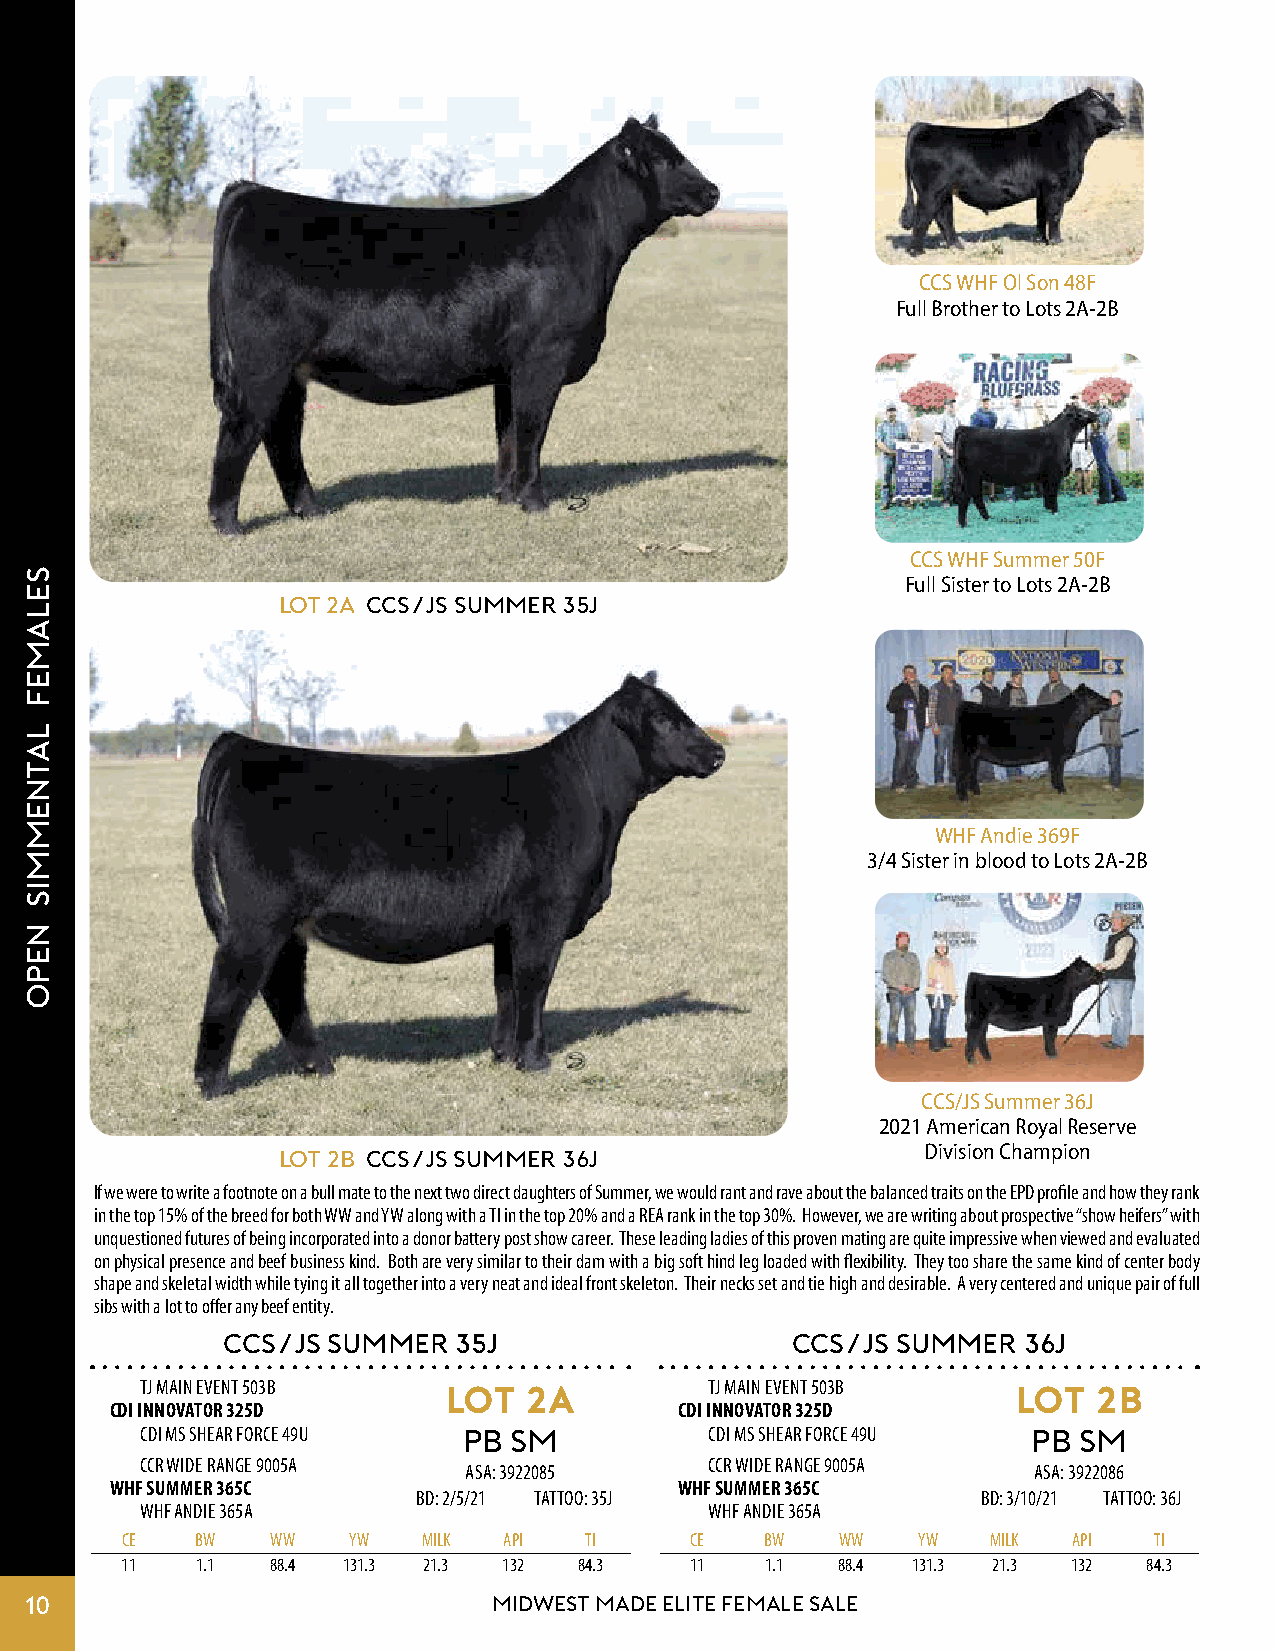
CCS WHF Ol Son 48F
 Full Brother to Lots 2A-2B
 CCS WHF Summer 50F
 Full Sister to Lots 2A-2B
 Lot 2A CCS/JS SUMMER 35J
 WHF Andie 369F
 3/4 Sister in blood to Lots 2A-2B
 CCS/JS Summer 36J
 2021 American Royal Reserve
 Division Champion
 Lot 2B CCS/JS SUMMER 36J
 If we were to write a footnote on a bull mate to the next two direct daughters of Summer, we would rant and rave about the balanced traits on the EPD profile and how they rank
 in the top 15% of the breed for both WW and YW along with a TI in the top 20% and a REA rank in the top 30%. However, we are writing about prospective “show heifers” with
 unquestioned futures of being incorporated into a donor battery post show career. These leading ladies of this proven mating are quite impressive when viewed and evaluated
 on physical presence and beef business kind. Both are very similar to their dam with a big soft hind leg loaded with flexibility. They too share the same kind of center body
 shape and skeletal width while tying it all together into a very neat and ideal front skeleton. Their necks set and tie high and desirable. A very centered and unique pair of full
 sibs with a lot to offer any beef entity.
 CCS/JS SUMMER  35J                   CCS/JS SUMMER   36J
 TJ MAIN EVENT 503B  LOT   2A          TJ MAIN EVENT 503B  LOT   2B
 CDI INNOVATOR 325D                    CDI INNOVATOR 325D
 CDI MS SHEAR FORCE 49U PB SM          CDI MS SHEAR FORCE 49U PB SM
 CCR WIDE RANGE 9005A                  CCR WIDE RANGE 9005A
 ASA: 3922085                         ASA: 3922086
 WHF SUMMER 365C                       WHF SUMMER 365C
 BD: 2/5/21 TATTOO: 35J               BD: 3/10/21 TATTOO: 36J
 WHF ANDIE 365A                        WHF ANDIE 365A
 CE   BW   WW   YW   MILK API   TI     CE   BW   WW   YW   MILK API  TI
 11   1.1  88.4 131.3 21.3 132 84.3    11   1.1  88.4 131.3 21.3 132 84.3
 10                             MIDWEST MADE ELITE FEMALE SALE
 selamef
 latnemmis
 nepo